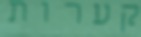
קערות